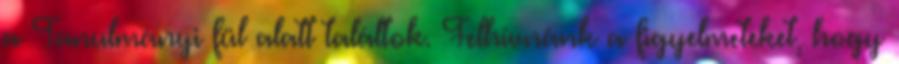
a Tanulmányi fül alatt találtok. Felhívnánk a figyelmeteket, hogy